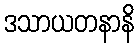
ဒသာယတနာနိ